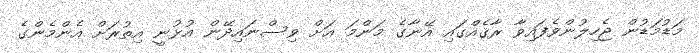
މަޑުމަޑުން ޖެހިލުންވެފައިވާ ރާޤެއްގައި އޭނާގެ މަންމަ އަށް ވިސްނައިދޭން އުޅުނީ އިތުރަށް އެންމެންގެ